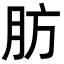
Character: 肪